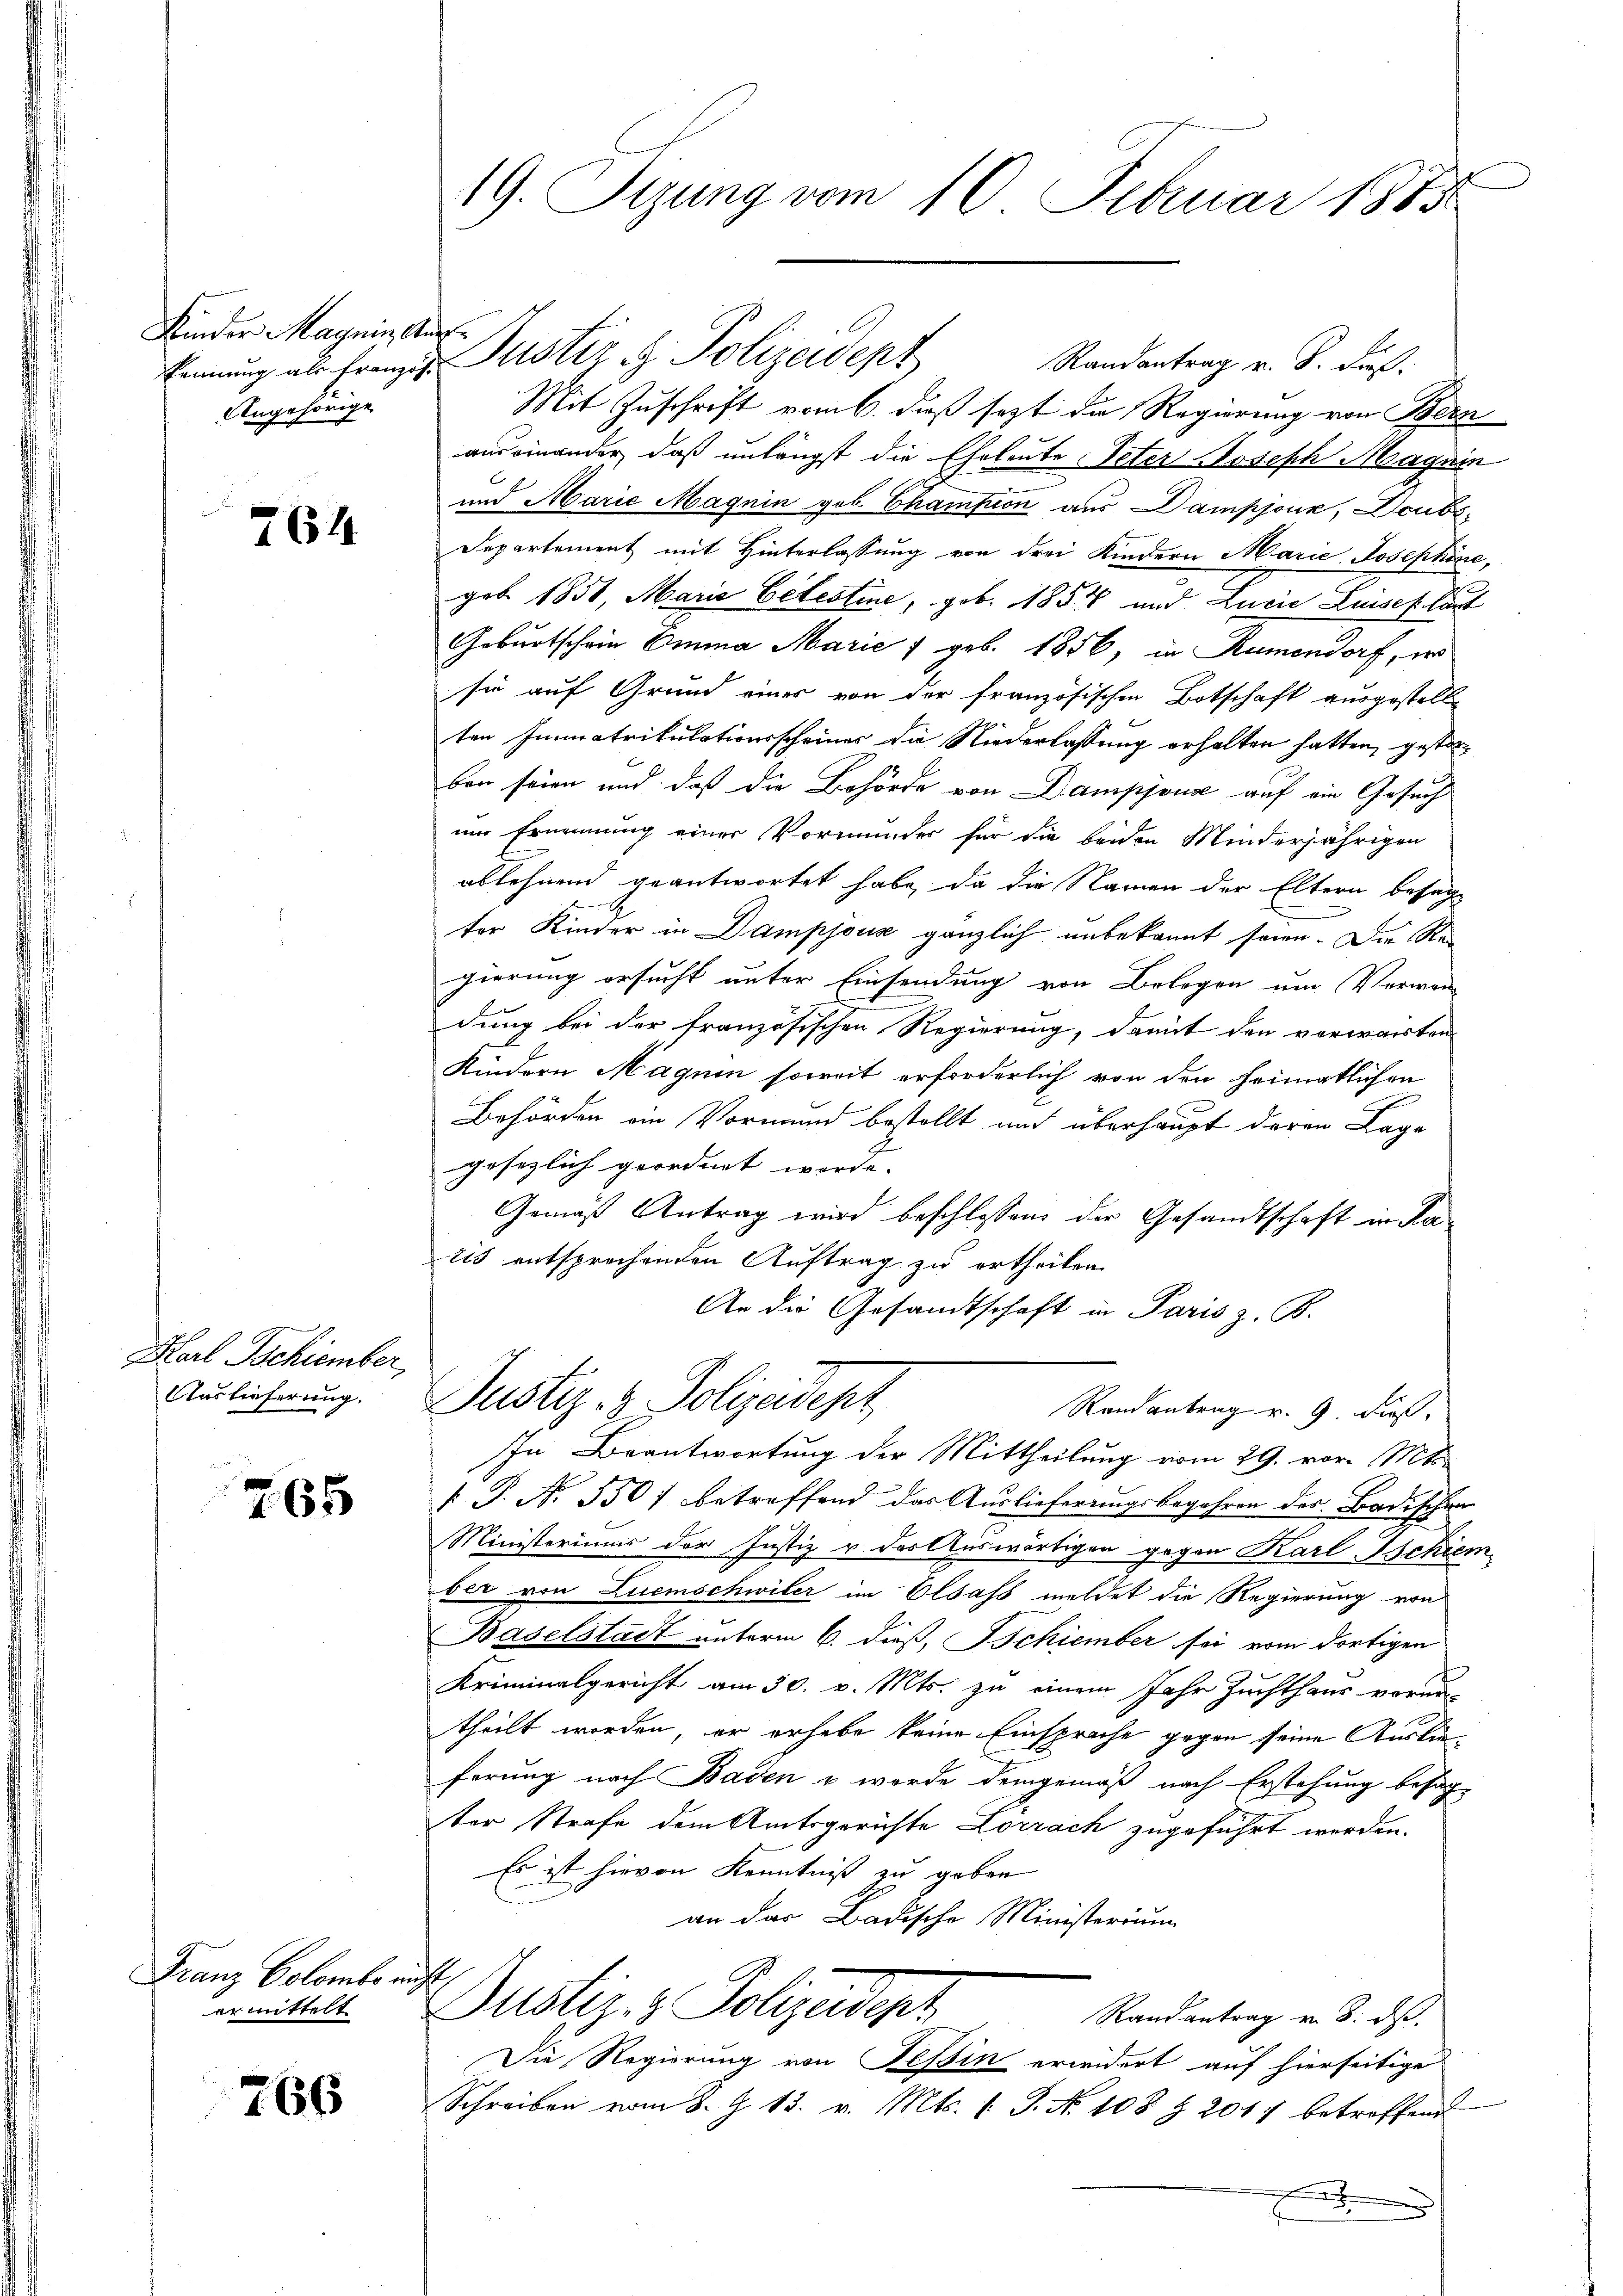
Kinder Magnie Auf¬
Angehörige

264

Karl Bekiember
Auslieferung.

765

Franz Colombe nicht
ermittelt

766

19. Sizung vom 10. Februar 1885

Randantrag v. 8. dieß.
Mit Zuschrift vom 6. dieß sezt die Regierung von Bern
auseinander, daß unlängst die Eheleute Peter Joseph Magnin
und Marie Magnin gob Champion aus Dampjoux, Deubs¬
Departement mit Hinterlassung von drei Kindern Marie Josephine,
geb. 1851, Marie Celestine, geb. 1854 und Lucia Luises laut
Geburtschein Emma Marie 7 geb. 1856, in Rumendorf, er
sie auf Grund eines von der französischen Botschaft ausgestelle
ten Immatrikulationsscheines da Niederlassung erhalten hatten, gestorben seien und daß die Behörde von Dampjouse auf ein Gesuch
um Ernennung einer Vormunder für die beiden Minderjährigen
ablehnend geantwortet habe, da die Namen der Eltern besagt

ter Kinder in Dampjous gänzlich unbekannt sein. Die Rei
gierung ersucht unter Einsendung von Belegen um Vorwan
x
dung bei der französischen Regierung, damit den verwarten
Kindern Magne soweit erforderlich von den heimatlichen
Behörden ein Vormund bestellt und überhaupt deren Lage
gesezlich geordnet werde.
Gemäß Antrag wird beschlossen der Gesandtschaft in Patis entsprochenden Auftrag zu ertheilen
An die Gesandtschaft in Paris z. B.
Justiz- & Polizeidepz
Randantrag v. 9 Fuß,
In Beantwortung der Mittheilung vom 29. vor. Mts.
 P. Nr. 330 f betreffend das Auslieferungsbegehren der Badischen
Ministeriums der Justiz u. des Auswärtigen gegen Karl-Tschiem
ber von Luemschwiler im Elsass meldet die Regierung von
Baselstadt unterm 6. dieß, Tschiember sei vom dortigen
Kriminalgericht am 30. v. Mts. zu einem Jahr Zuchthaus verun-
theilt worden, er erhabe keine Einsprache gegen seine Auslieferung nach Baden & werde demgemäß nach Erstehung besagter Strafe dem Amtsgerichte Lorrach zugeführt werden.
Es ist hievon Kenntniß zu geben
an das Badische Ministerium
Dustiz- & Polizeidigt
Randantrag v. 8. ds.
Die Regierung von Tessin erwidert auf hierseitige
Schreiben vom 8. Z. 13. v. Mts. (T. No 108 Z. 2017 betroffend
.

Einung als Franzig Puster u. Polizeidept